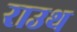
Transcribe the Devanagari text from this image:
राउथ